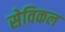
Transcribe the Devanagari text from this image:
सेविकल